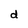
Character: d